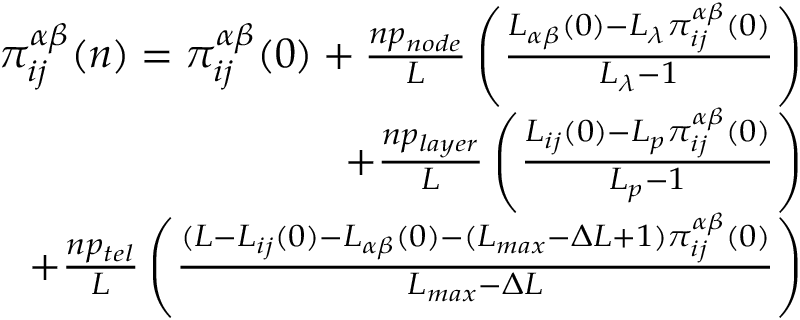
\begin{array} { r } { \pi _ { i j } ^ { \alpha \beta } ( n ) = \pi _ { i j } ^ { \alpha \beta } ( 0 ) + \frac { n p _ { n o d e } } { L } \left( \frac { L _ { \alpha \beta } ( 0 ) - L _ { \lambda } \pi _ { i j } ^ { \alpha \beta } ( 0 ) } { L _ { \lambda } - 1 } \right) } \\ { + \frac { n p _ { l a y e r } } { L } \left( \frac { L _ { i j } ( 0 ) - L _ { p } \pi _ { i j } ^ { \alpha \beta } ( 0 ) } { L _ { p } - 1 } \right) } \\ { + \frac { n p _ { t e l } } { L } \left( \frac { ( L - L _ { i j } ( 0 ) - L _ { \alpha \beta } ( 0 ) - ( L _ { m a x } - \Delta L + 1 ) \pi _ { i j } ^ { \alpha \beta } ( 0 ) } { L _ { m a x } - \Delta L } \right) } \end{array}